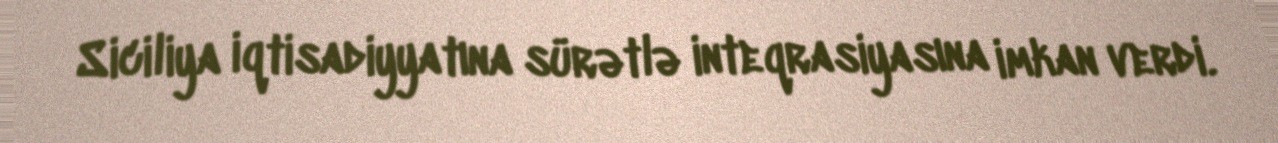
Siciliya iqtisadiyyatına sürətlə inteqrasiyasına imkan verdi.